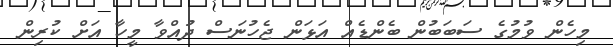
މިހެން ވުމުގެ ސަބަބުން ބެންޑެއް އަޅަން ޖެހުނަސް ދުއްވާ މީހާ އަށް ކުރިން